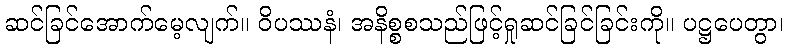
ဆင်ခြင်အောက်မေ့လျက်။ ဝိပဿနံ၊ အနိစ္စစသည်ဖြင့်ရှုဆင်ခြင်ခြင်းကို။ ပဋ္ဌပေတွာ၊